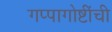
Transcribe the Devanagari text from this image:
गप्पागोष्टींची